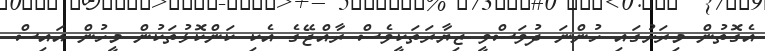
އެގޮތުން މިރަށުގައި ހުންނަ ދުވަސްވީ ޒިޔާރަތަކީވެސް ރާއްޖޭގެ އެކި ކަންކޮޅުތަކުން މީހުން އައިސް